Report on the Civil Veterinary Department, Eastern Bengal and Assam - 1907-1911
Year: 1907
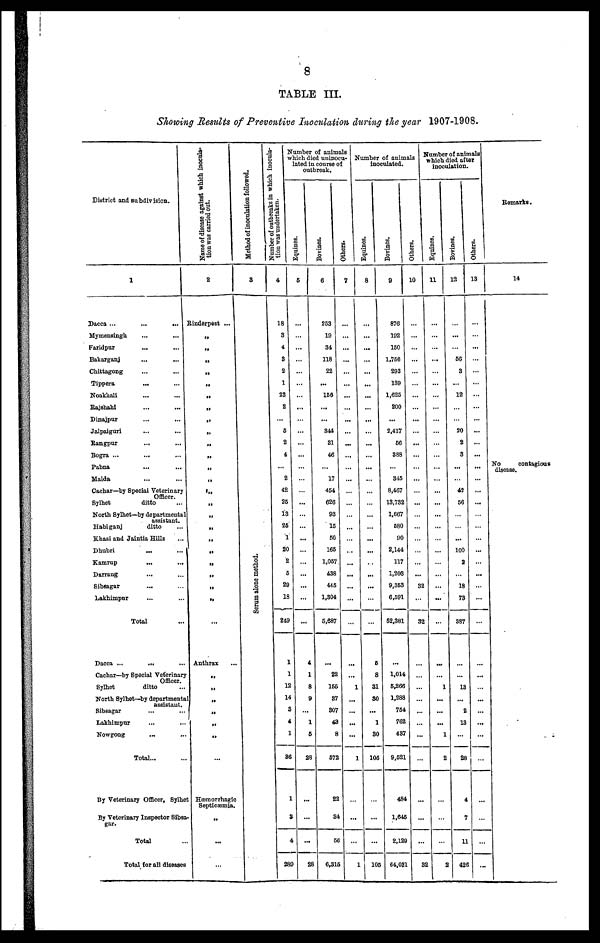
8
TABLE III.
Showing Results of Preventive Inoculation during the year 1907-1908.
District and subdivision.
1
Dacca ...
...
...
Mymensingh
...
...
Faridpur ... ...
Bakarganj
...
...
Chittagong ... ...
Tippera ... ...
Noakhali ... ...
Rajshahi ... ...
Dinajpur ... ...
Jalpaiguri
...
...
Rangpur ... ...
Bogra ... ... ...
Pabna ... ...
Malda ... ...
Cachar—by Speciai Veterinary
Officer.
Sylhet
ditto ...
North Sylhet—by departmental
assistant
Habiganj
ditto ...
Khasi and Jaintia Hills ...
Dhubri ... ...
Kamrup ... ...
Darrang ... ...
Sibsagar ... ...
Lakhimpur ... ...
Total ... ... ...
Dacca ... ... ...
Cachar—by Special Veterinary
Officer.
Sylhet
ditto
North Sylhet—by departmenta
assistant.
Sibsagar ... ...
Lakhimpur ... ...
Nowgong ... ...
Total...
By Veterinary Officer, Sylhe
By Veterinary Inspector Sibsa
gar.
Total
Total for all diseases
Name of disease against which inocula-
tion was carried out.
2
Rinderpest ...
„
„
„
„
„
„
„
„
„
„
„
„
„
„
„
„
„
„
„
„
„
„
„
...
Anthrax ...
„
„
„
„
„
„
...
Hæmorrhagic
Septicæmia.
...
...
...
Method of inoculation followed.
3
Se r
um alone method.
Number of outbreaks in which inocula-
tion was undertaken.
4
18
3
4
3
2
1
23
2
...
6
2
4
...
2
42
25
13
25
1
20
2
5
29
18
249
1
1
12
14
3
4
1
86
1
3
4
289
umber of animals
hich died uninocu-
lated in course of
outbreak.
Equines.
5
...
...
...
...
...
...
...
...
...
...
...
...
...
...
...
... ...
...
...
...
...
...
...
...
...
...
4
1
8
9
...
1
5
28
...
...
Bovines.
6
253
19
34
118
22
...
156
...
...
344
31
46
...
17
454
626
93
15
50
165
1,057
488
445
1,304
5,687
...
22
155
37
307
43
8
572
22
S4
56
6,315
Others.
7
...
..
...
...
...
...
...
...
...
...
...
...
...
...
...
...
...
...
...
...
...
...
...
...
...
...
...
1
...
...
...
...
1
...
...
1
Number of animals
inoculated.
Equines.
8
...
...
...
...
...
...
...
...
...
...
...
...
...
...
...
...
...
...
...
...
...
...
...
...
...
5
8
31
30
...
1
30
105
...
...
105
Bovines.
9
876
192
160
1,756
293
139
1,625
200
...
2,417
56
888
...
845
8,467
13,732
1,667
580
90
2,144
117
1,203
9,363
6,591
62,381
1,014
5,266
1,288
764
762
487
9,521
484
1,645
2,129
64,031
Others.
10
...
...
...
...
...
...
...
...
...
...
...
...
...
...
...
... ...
...
...
...
...
...
...
32
...
32
...
...
... ...
...
... ...
...
...
...
...
...
32
Number of animals
which died after
inoculation.
Equines,
11
...
...
...
...
...
...
...
...
...
...
...
...
...
...
... ...
...
...
...
...
...
...
...
...
...
...
...
1
...
...
...
1
2
...
2
Bovines.
12
...
...
...
56
3
...
12
...
...
20
2
3
...
...
42
... 56
...
...
...
100
2
...
18
73
387
...
...
13
...
2
13
...
28
...4
...
7
11
426
Others.
13
...
...
...
...
...
...
...
...
...
...
...
...
...
...
...
... ...
...
...
...
...
...
...
...
...
...
...
...
...
...
...
... ...
...
...
...
...
...
...
...
...
...
Remarks.
14
No
contagious
disease.